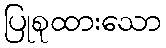
ပြုစုထားသော